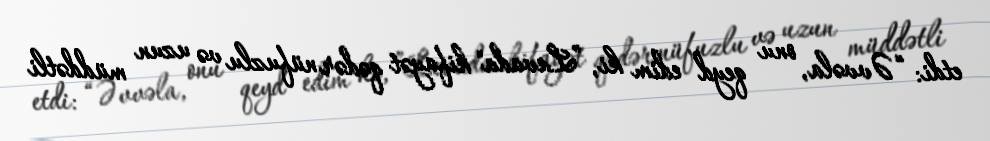
etdi: “Əvvəla, onu qeyd edim ki, ”Levada" kifayət qədər nüfuzlu və uzun müddətli